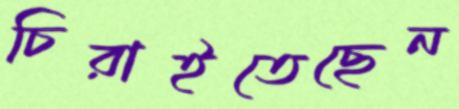
চিরাইতেছেন